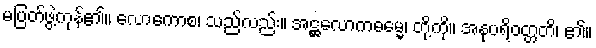
မပြတ်ဖွဲ့ကုန်၏။ လောကောစ၊ သည်လည်း။ အဋ္ဌလောကဓမ္မေ၊ တို့ကို။ အနုပရိဝတ္တတိ၊ ၏။